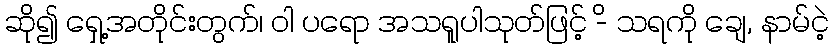
ဆို၍ ရှေ့အတိုင်းတွက်၊ ဝါ ပရော အသရူပါသုတ်ဖြင့် -ိ သရကို ချေ, နာမ်ငဲ့